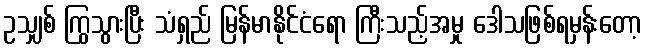
ဥသျှစ် ကြွသွားပြီး သံရှည် မြန်မာနိုင်ငံရော ကြီးသည့်အမှု ဒေါသဖြစ်ရမှန်းတော့